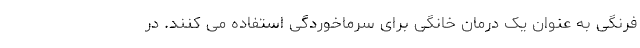
فرنگی به عنوان یک درمان خانگی برای سرماخوردگی استفاده می کنند. در